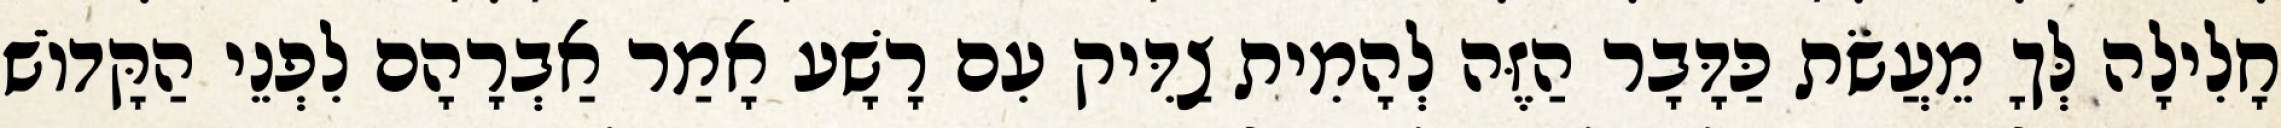
חָלִילָה לְּךָ מֵעֲשֹׂת כַּדָּבָר הַזֶּה לְהָמִית צַדִּיק עִם רָשָׁע אָמַר אַבְרָהָם לִפְנֵי הַקָּדוֹשׁ